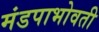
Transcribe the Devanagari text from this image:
मंडपाभोवती